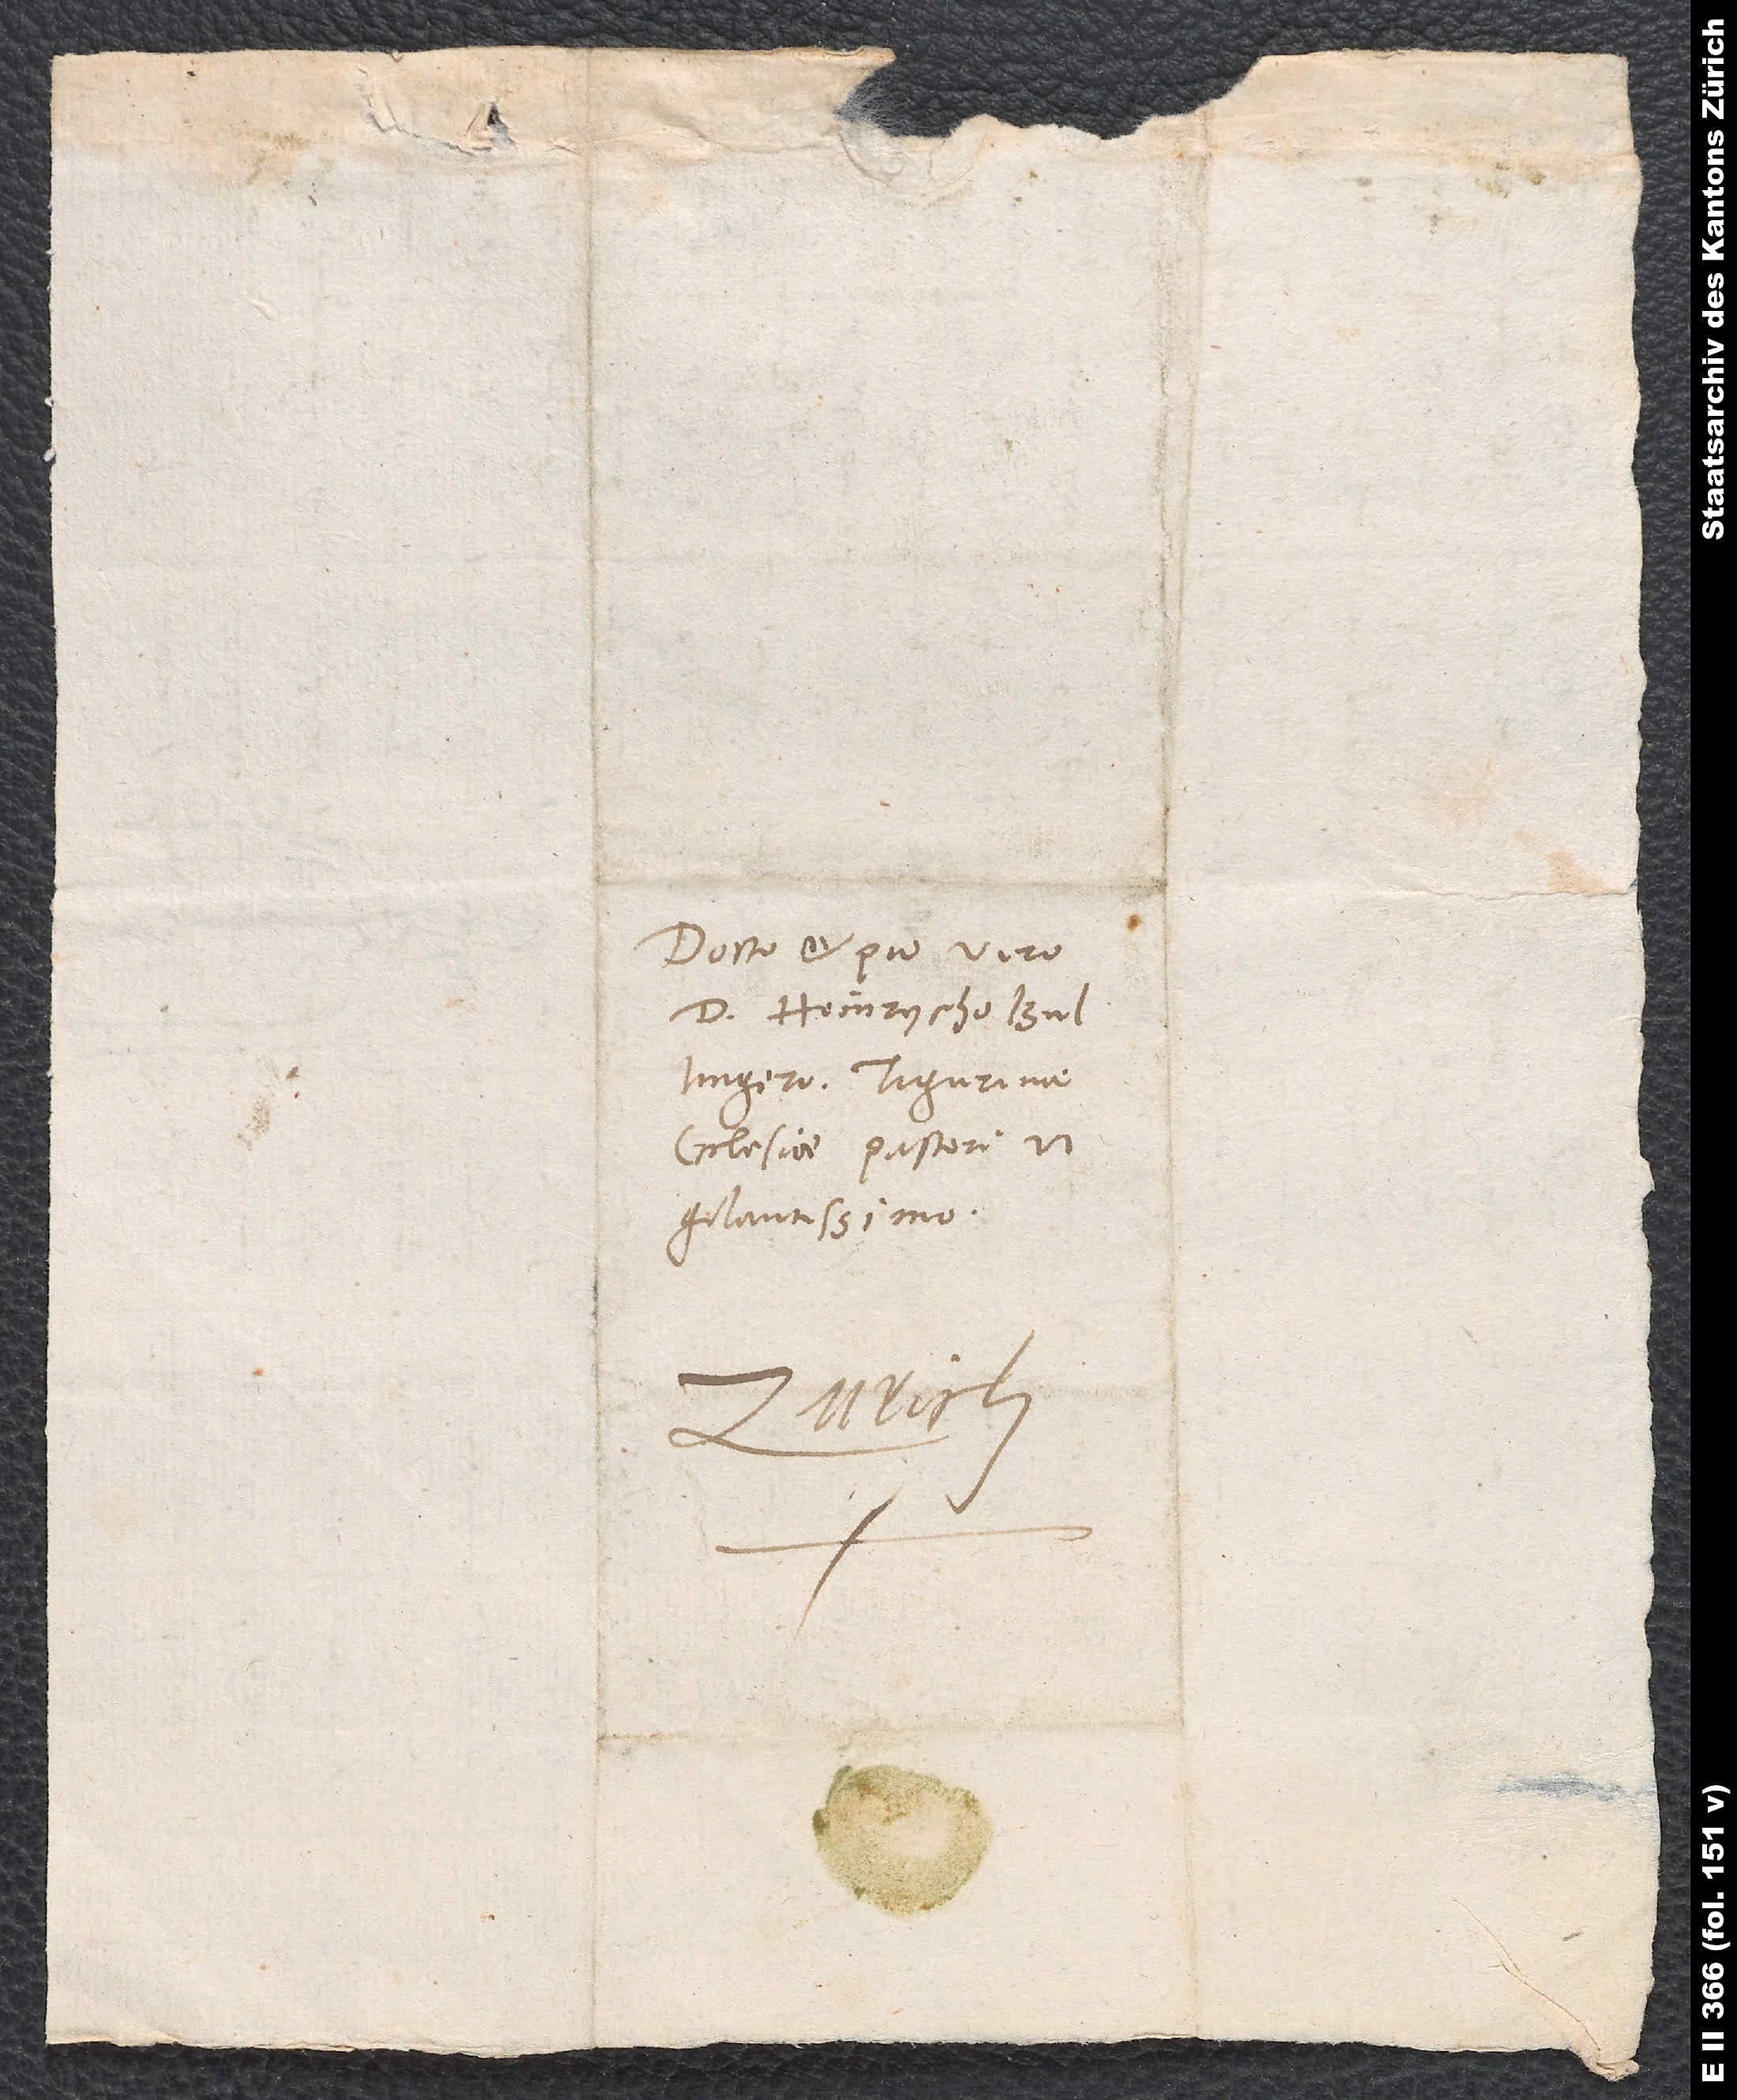
Docto et pio viro
d. Heinrycho
Bullingero, Tigurinae
ecclesiae pastori
vigilantissimo.
Zurich.